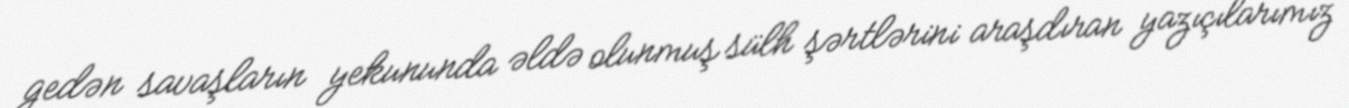
gedən savaşların yekununda əldə olunmuş sülh şərtlərini araşdıran yazıçılarımız